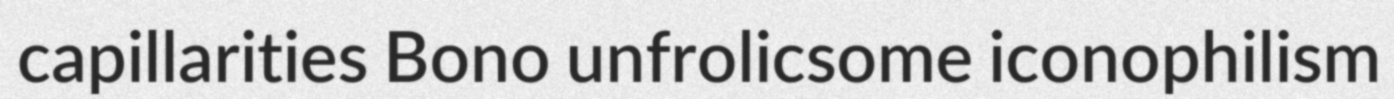
capillarities Bono unfrolicsome iconophilism